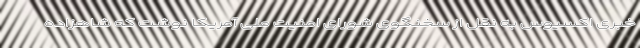
خبری اکسیوس به نقل از سخنگوی شورای امنیت ملی آمریکا نوشت که شاهزاده